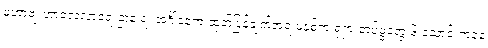
မဟာဗျူဟာလေ့လာရေးဌာန ရဲ့ အင်္ဂါနေ့က ထုတ်ပြန်ချက်အရ မနှစ်က ရုရှားတပ်ဖွဲ့တွေ ၆ သောင်းကနေ